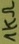
Text: 1KΩ